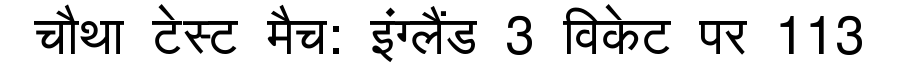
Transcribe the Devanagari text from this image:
चौथा टेस्ट मैच: इंग्लैंड 3 विकेट पर 113